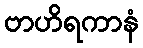
ဗာဟိရကာနံ